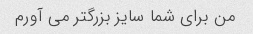
من برای شما سایز بزرگتر می آورم